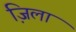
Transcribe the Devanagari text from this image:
जि़ला